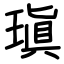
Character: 瑱